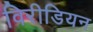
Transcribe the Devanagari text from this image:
विरीडियन